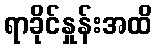
ရာခိုင်နှုန်းအထိ